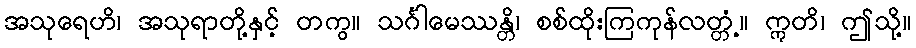
အသုရေဟိ၊ အသုရာတို့နှင့် တကွ။ သင်္ဂါမေဿန္တိ၊ စစ်ထိုးကြကုန်လတ္တံ့။ ဣတိ၊ ဤသို့။